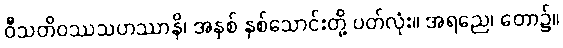
ဝီသတိဝဿသဟဿာနိ၊ အနှစ် နှစ်သောင်းတို့ ပတ်လုံး။ အရညေ၊ တော၌။